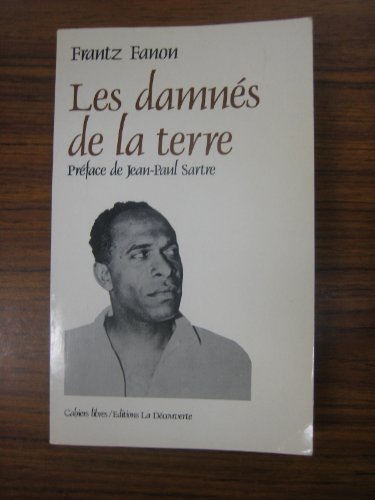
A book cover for Les DamnÃ©s de la Terre (Cahiers Libres) (French Edition); Frantz Fanon; History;